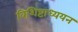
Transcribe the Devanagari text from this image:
विशिष्टाध्ययन